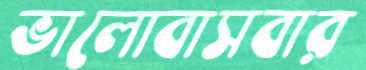
ভালোবাসবার